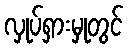
လှုပ်ရှားမှုတွင်